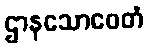
ဌာနသောဝေတံ